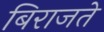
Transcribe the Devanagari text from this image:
बिराजते